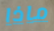
ماذا